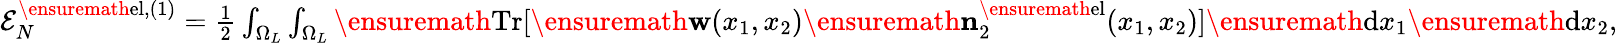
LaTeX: \begin{array}{r}{{\cal E}_{N}^{\ensuremath{\mathrm{el}},(1)}=\frac{1}{2}\int_{\Omega_{L}}\int_{\Omega_{L}}\ensuremath{\mathrm{Tr}}[\ensuremath{\mathbf{w}}(x_{1},x_{2})\ensuremath{\mathbf{n}}_{2}^{\ensuremath{\mathrm{el}}}(x_{1},x_{2})]\ensuremath{\mathrm{d}}x_{1}\ensuremath{\mathrm{d}}x_{2},}\end{array}